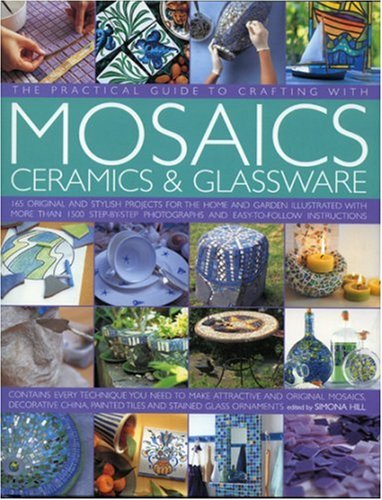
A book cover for Practical Guide to Crafting with Mosaics, Ceramics & Glassware; Simona Hill; Crafts, Hobbies & Home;